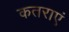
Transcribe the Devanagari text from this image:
कतराएं